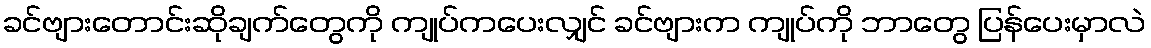
ခင်ဗျားတောင်းဆိုချက်တွေကို ကျုပ်ကပေးလျှင် ခင်ဗျားက ကျုပ်ကို ဘာတွေ ပြန်ပေးမှာလဲ